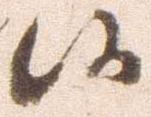
候